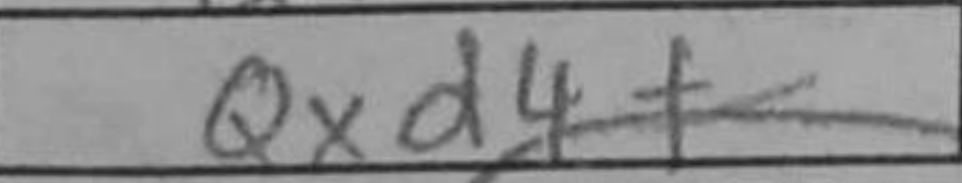
Transcription: Qxd4+